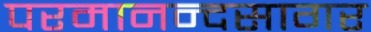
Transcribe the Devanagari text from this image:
परमानन्दसागर